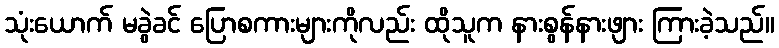
သုံးယောက် မခွဲခင် ပြောစကားများကိုလည်း ထိုသူက နားစွန်နားဖျား ကြားခဲ့သည်။